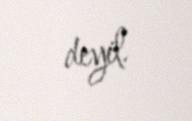
deyil.